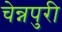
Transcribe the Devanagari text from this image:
चेन्नपुरी